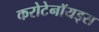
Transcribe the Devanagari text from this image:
करोटेनॉयड्स